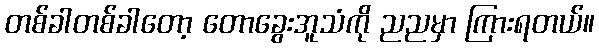
တစ်ခါတစ်ခါတော့ တောခွေးအူသံကို ညညမှာ ကြားရတယ်။